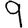
Digit: 9